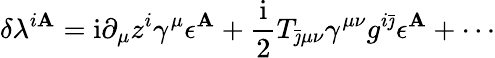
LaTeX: \delta\lambda^{i\mathbf{A}}=\mathrm{{i}}\partial_{\mu}z^{i}\gamma^{\mu}\epsilon^{\mathbf{A}}+{\frac{{\mathrm{{i}}}}{{2}}}T_{\bar{{\jmath}}\mu\nu}\gamma^{\mu\nu}g^{i\bar{{\jmath}}}\epsilon^{\mathbf{A}}+\cdots